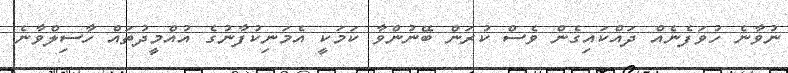
ނުވާނެ ހުވަފެނެއް ދައްކައިގެން ވެސް ކުރަން ބޭނުންވާ ކަމަކީ އެމަނިކުފާނުގެ އުއްމީދުތައް ހާސިލްވާނެ